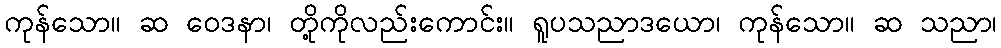
ကုန်သော။ ဆ ဝေဒနာ၊ တို့ကိုလည်းကောင်း။ ရူပသညာဒယော၊ ကုန်သော။ ဆ သညာ၊